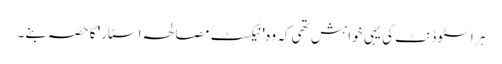
ہر اسٹوڈنٹ کی یہی خواہش تھی کہ وہ 'نیکسٹ مصالحہ اسٹار' کا حصہ بنے۔